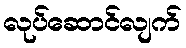
လုပ်ဆောင်လျက်